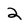
Character: 2